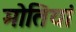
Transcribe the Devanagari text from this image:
मोतियां